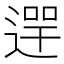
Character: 𨔺